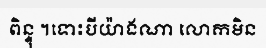
ពិន្ទុ ។ទោះបីយ៉ាងណា លោកមិន